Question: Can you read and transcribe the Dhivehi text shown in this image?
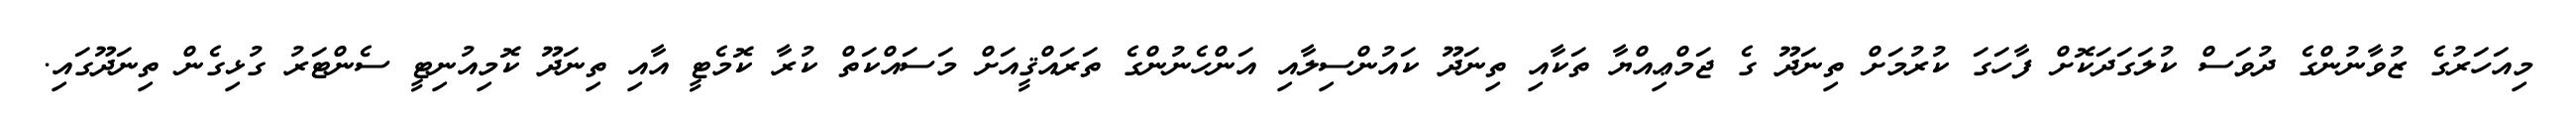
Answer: މިއަހަރުގެ ޒުވާނުންގެ ދުވަސް ކުލަގަދަކޮށް ފާހަގަ ކުރުމަށް ތިނަދޫ ގެ ޖަމްޢިއްޔާ ތަކާއި ތިނަދޫ ކައުންސިލާއި އަންހެނުންގެ ތަރައްޤީއަށް މަސައްކަތް ކުރާ ކޮމެޓީ އާއި ތިނަދޫ ކޮމިއުނިޓީ ސެންޓަރު ގުޅިގެން ތިނަދޫގައި.